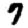
Digit: 7